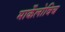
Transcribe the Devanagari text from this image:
मार्केलोविच